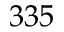
3 3 5